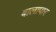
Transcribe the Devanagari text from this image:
बालापार